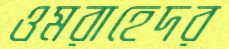
ওমরাহেদর